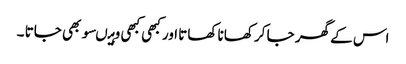
اس کے گھر جا کر کھانا کھاتا اور کبھی کبھی وہیںسو بھی جاتا ۔